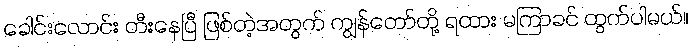
ခေါင်းလောင်း တီးနေပြီ ဖြစ်တဲ့အတွက် ကျွန်တော်တို့ ရထား မကြာခင် ထွက်ပါမယ်။